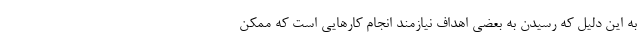
به این دلیل که رسیدن به بعضی اهداف نیازمند انجام کارهایی است که ممکن